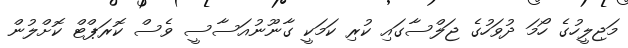
މަޖިލީހުގެ ހޯމަ ދުވަހުގެ ޖަލްސާގައި ކުރި ކަމަކީ ގާނޫނުއަސާސީ ވެސް ކޮރަޕްޓް ކޮށްލުން